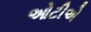
ઓટીએ